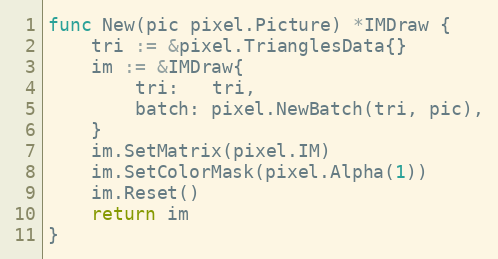
Language: Go
func New(pic pixel.Picture) *IMDraw {
	tri := &pixel.TrianglesData{}
	im := &IMDraw{
		tri:   tri,
		batch: pixel.NewBatch(tri, pic),
	}
	im.SetMatrix(pixel.IM)
	im.SetColorMask(pixel.Alpha(1))
	im.Reset()
	return im
}